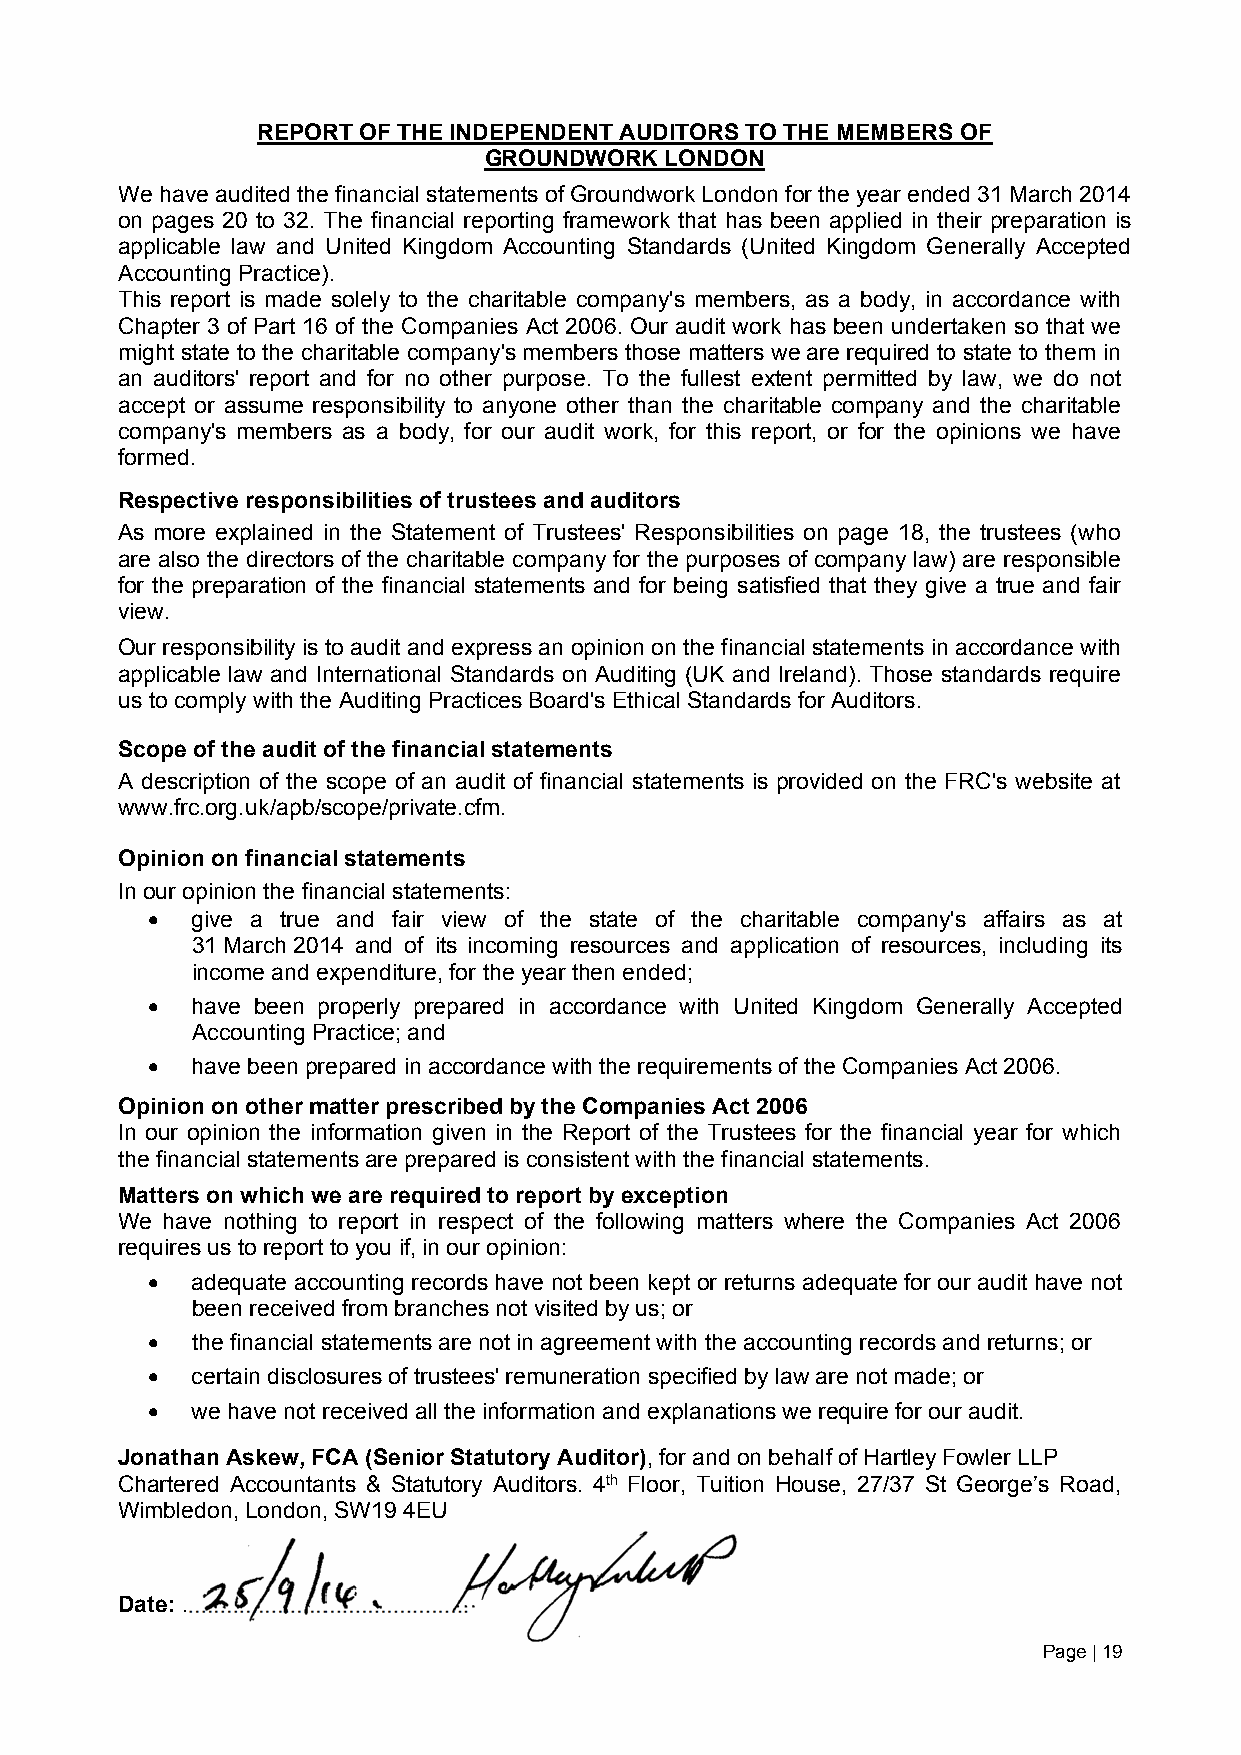
REPORT OF THE INDEPENDENT AUDITORS TO THE MEMBERS OF
 GROUNDWORK  LONDON
 We have audited the financial statements of Groundwork London for the year ended 31 March 2014
 on pages 20 to 32. The financial reporting framework that has been applied in their preparation is
 applicable law and United Kingdom Accounting Standards (United Kingdom Generally Accepted
 Accounting Practice).
 This report is made solely to the charitable company's members, as a body, in accordance with
 Chapter 3 of Part 16 of the Companies Act 2006. Our audit work has been undertaken so that we
 might state to the charitable company's members those matters we are required to state to them in
 an auditors' report and for no other purpose. To the fullest extent permitted by law, we do not
 accept or assume responsibility to anyone other than the charitable company and the charitable
 company's members as a body, for our audit work, for this report, or for the opinions we have
 formed.
 Respective responsibilities of trustees and auditors
 As more explained in the Statement of Trustees' Responsibilities on page 18, the trustees (who
 are also the directors of the charitable company for the purposes of company law) are responsible
 for the preparation of the financial statements and for being satisfied that they give a true and fair
 view.
 Our responsibility is to audit and express an opinion on the financial statements in accordance with
 applicable law and International Standards on Auditing (UK and Ireland). Those standards require
 us to comply with the Auditing Practices Board's Ethical Standards for Auditors.
 Scope of the audit of the financial statements
 A description of the scope of an audit of financial statements is provided on the FRC's website at
 www.frc.org.uk/apb/scope/private.cfm.
 Opinion on financial statements
 In our opinion the financial statements:
   give a true and fair view of the state of the charitable company's affairs as at
 31 March 2014 and of its incoming resources and application of resources, including its
 income and expenditure, for the year then ended;
   have been properly prepared in accordance with United Kingdom Generally Accepted
 Accounting Practice; and
   have been prepared in accordance with the requirements of the Companies Act 2006.
 Opinion on other matter prescribed by the Companies Act 2006
 In our opinion the information given in the Report of the Trustees for the financial year for which
 the financial statements are prepared is consistent with the financial statements.
 Matters on which we are required to report by exception
 We have nothing to report in respect of the following matters where the Companies Act 2006
 requires us to report to you if, in our opinion:
   adequate accounting records have not been kept or returns adequate for our audit have not
 been received from branches not visited by us; or
   the financial statements are not in agreement with the accounting records and returns; or
   certain disclosures of trustees' remuneration specified by law are not made; or
   we have not received all the information and explanations we require for our audit.
 Jonathan Askew, FCA (Senior Statutory Auditor), for and on behalf of Hartley Fowler LLP
 Chartered Accountants & Statutory Auditors. 4th Floor, Tuition House, 27/37 St George’s Road,
 Wimbledon, London, SW19 4EU
 Date: .............................................
 Page | 19